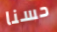
حسنا